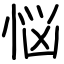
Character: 悩